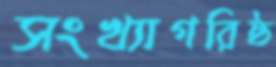
সংখ্যাগরিষ্ঠ